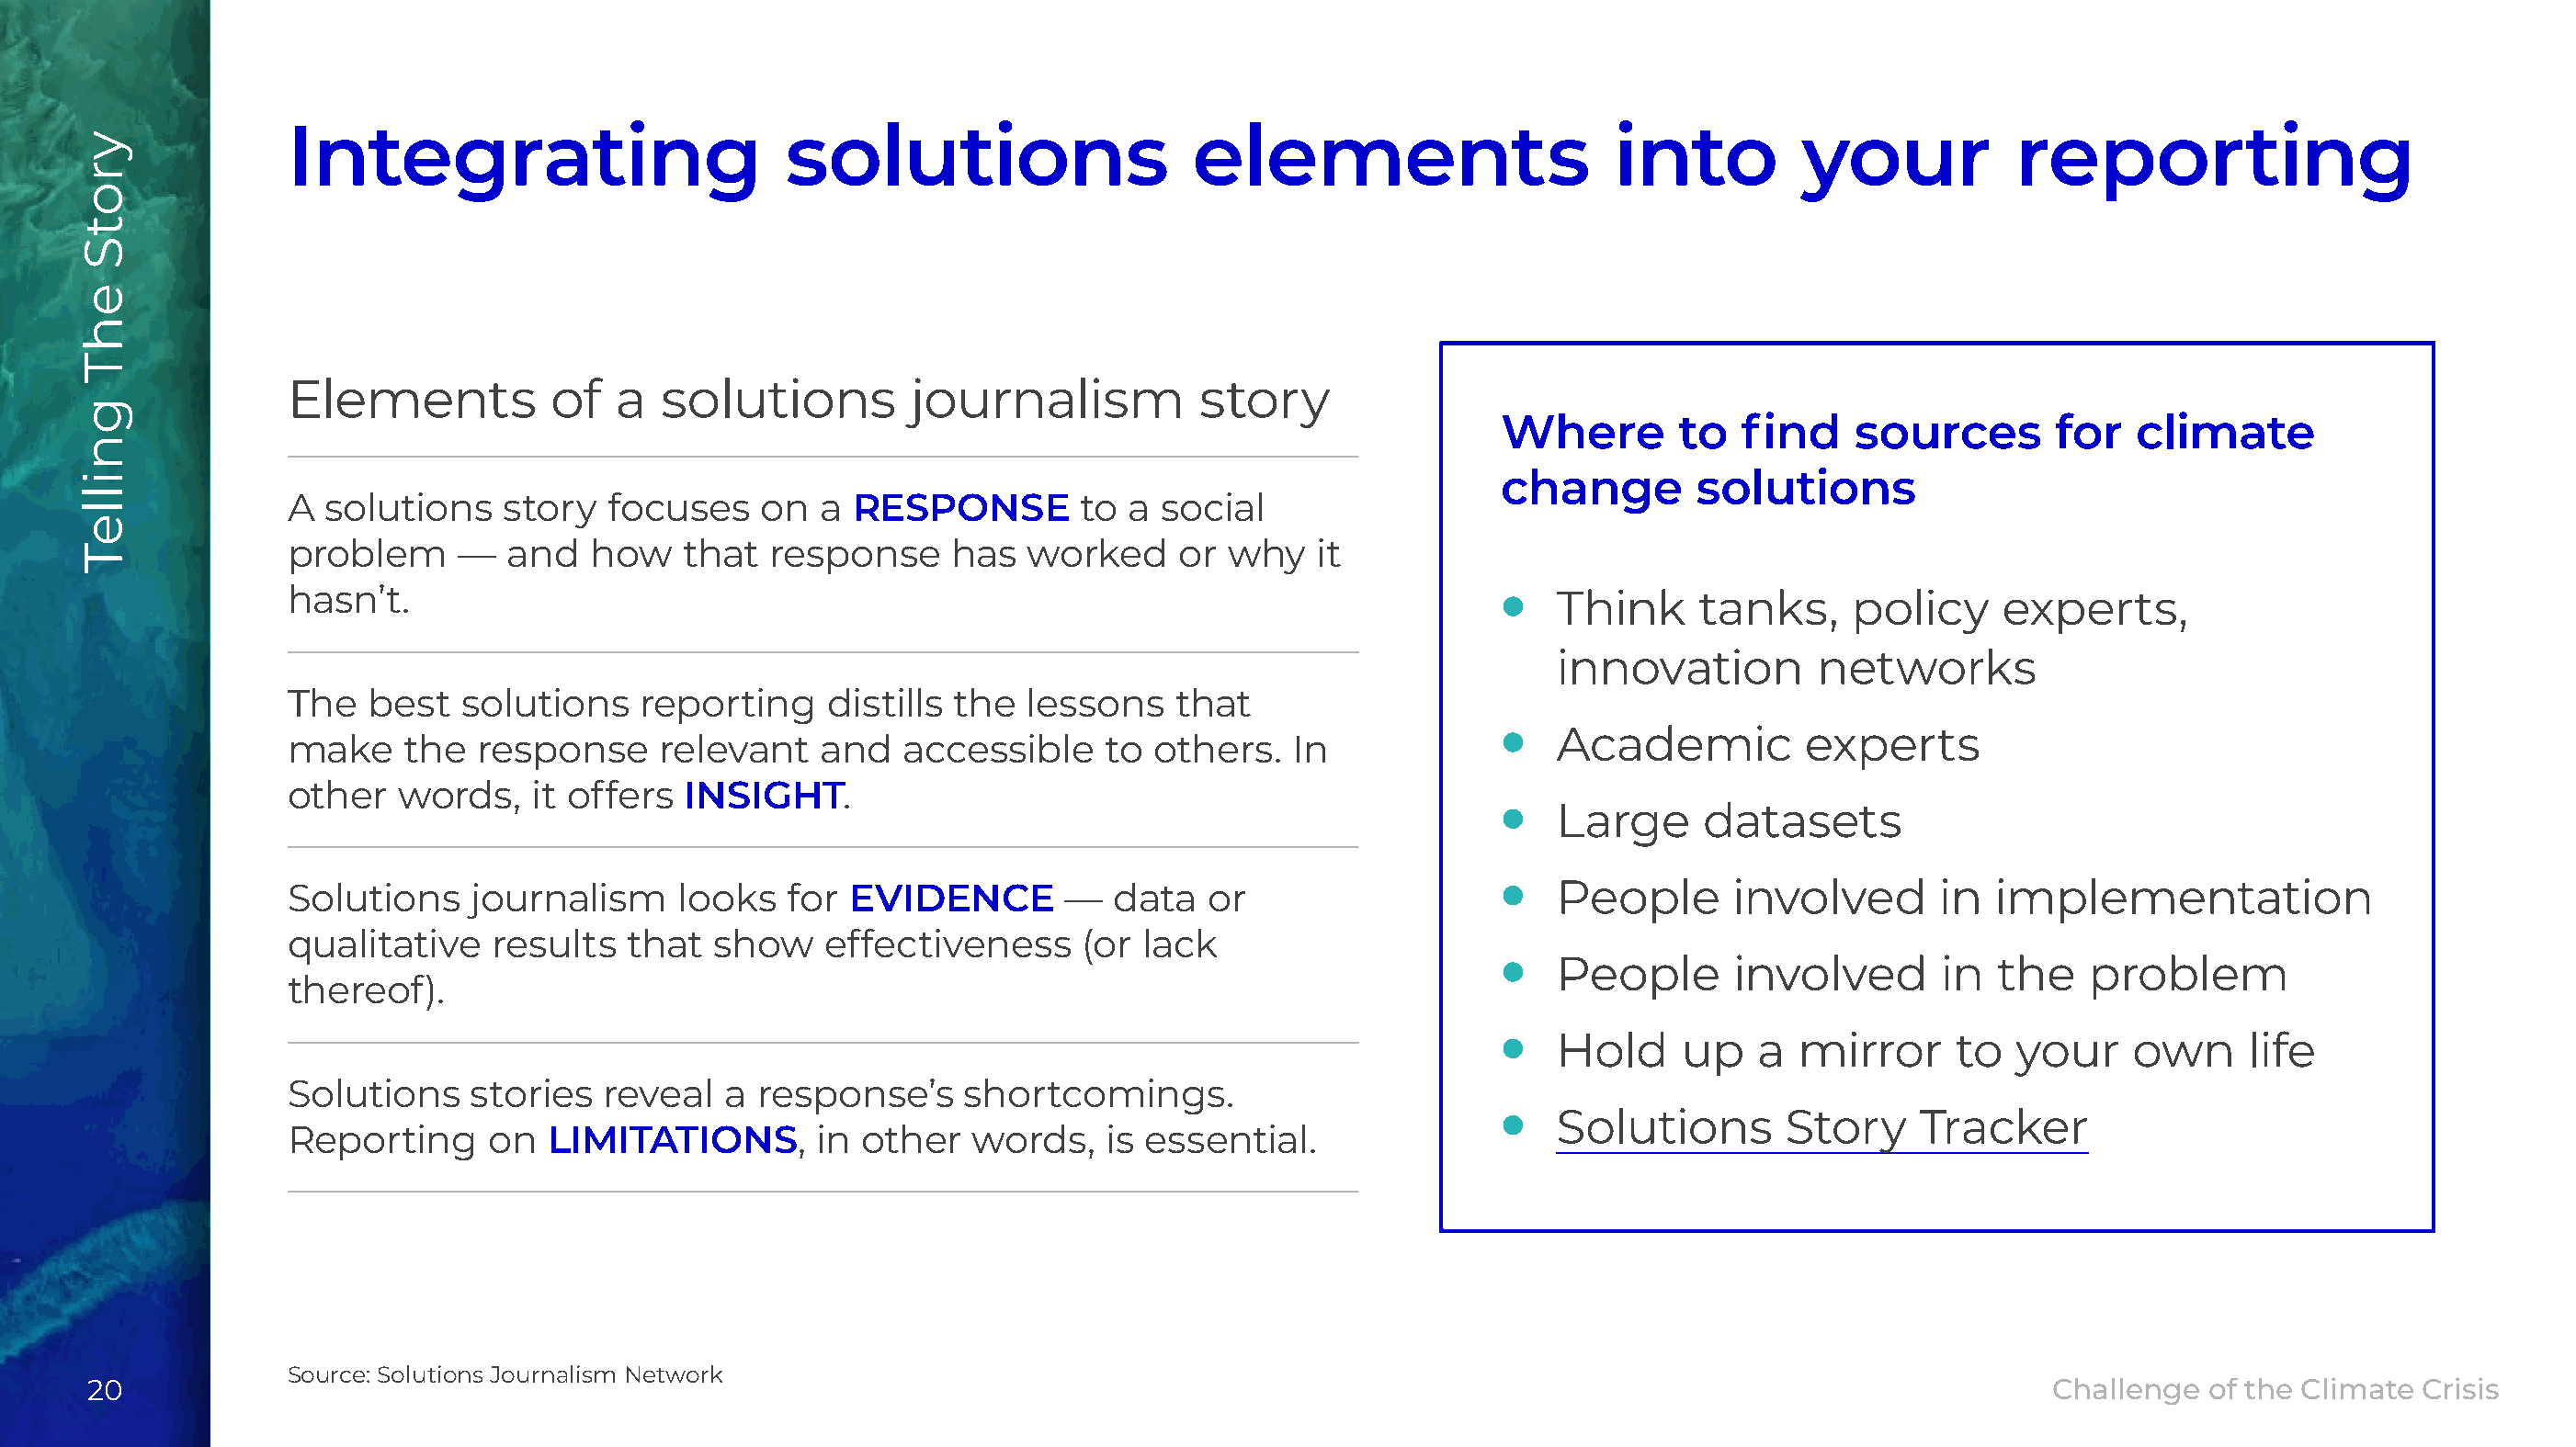
Integrating                         solutions                    elements                      into          your           reporting
 Elements           of  a   solutions         journalism          story
 Where        to  find     sources       for   climate
 change        solutions
 A solutions    story   focuses    on  a RESPONSE         to a  social
 problem     —   and   how   that  response      has  worked     or why    it
 hasn’t.                                                                                •   Think     tanks,     policy     experts,
 innovation         networks
 The  best   solutions    reporting     distills the  lessons    that
 •   Academic          experts
 make    the  response     relevant    and   accessible     to others.   In
 other   words,   it offers  INSIGHT.
 •   Large      datasets
 Solutions    journalism     looks   for EVIDENCE        —  data   or                   •   People       involved       in  implementation
 qualitative   results   that  show    effectiveness      (or lack
 •   People       involved       in  the   problem
 thereof).
 •   Hold     up    a mirror      to  your     own     life
 Solutions    stories  reveal   a  response’s    shortcomings.
 •   Solutions        Story    Tracker
 Reporting     on  LIMITATIONS,        in other   words,    is essential.
 Source: Solutions Journalism Network
 20                                                                                                                                            Challenge  of the Climate Crisis
 yrotS
 ehT
 gnilleT